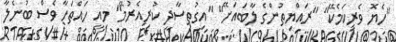
"ހެޔޮ ވެރިކަމެކޭ" "ރައްޔިތުންގެ ލާބައަށޭ" "އިގުތިސާދީ ކުރިއެރުމޭ" މިއީ ހައްތަހާ ވެސް ބުނެލާ